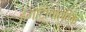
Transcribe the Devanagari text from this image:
हेमाटोपोएटिक